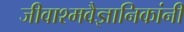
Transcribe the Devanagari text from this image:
जीवाश्मवैज्ञानिकांनी